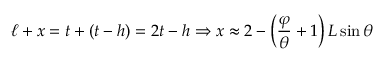
\ell + x = t + ( t - h ) = 2 t - h \Rightarrow x \approx 2 - \left( { \frac { \varphi } { \theta } } + 1 \right) L \sin \theta